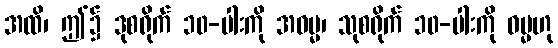
အထိ၊ ဤ၌ ဒုစရိုက် ၁၀-ပါးကို အဓမ္မ၊ သုစရိုက် ၁၀-ပါးကို ဓမ္မဟု